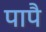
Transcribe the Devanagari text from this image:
पापै